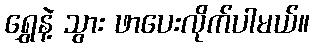
ရွှေနဲ့ သွား ဖာပေးလိုက်ပါမယ်။